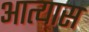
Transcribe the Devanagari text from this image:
आत्यास